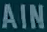
AIN